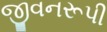
જીવનરૂપી